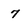
Character: 7